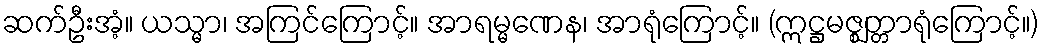
ဆက်ဦးအံ့။ ယသ္မာ၊ အကြင်ကြောင့်။ အာရမ္မဏေန၊ အာရုံကြောင့်။ (ဣဋ္ဌမဇ္ဈတ္တာရုံကြောင့်။)